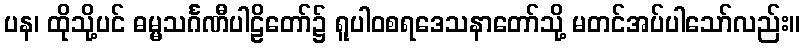
ပန၊ ထိုသို့ပင် ဓမ္မသင်္ဂဏီပါဠိတော်၌ ရူပါဝစရဒေသနာတော်သို့ မတင်အပ်ပါသော်လည်း။